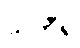
သဘီရု